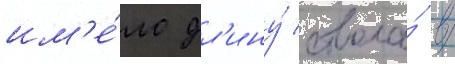
им'е́ло дл'ину́ ствола́ в